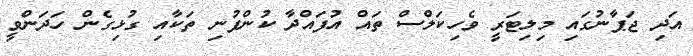
އަދި ޖަޕާނުގައި މިލިޓަރީ ވެހިކަލްސް ތައް އުފައްދާ ކުންފުނި ތަކާއި ގުޅިގެން ހަދަންވީ